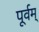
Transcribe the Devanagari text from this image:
पूर्वम्